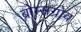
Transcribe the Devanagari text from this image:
ब्रोम्सग्रोव